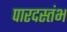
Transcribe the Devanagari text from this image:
पारदस्तंभ